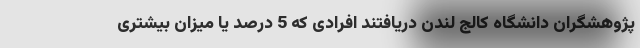
پژوهشگران دانشگاه کالج لندن دریافتند افرادی که 5 درصد یا میزان بیشتری